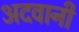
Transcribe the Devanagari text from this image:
अदवानी